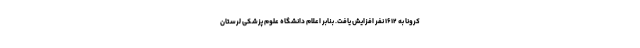
کرونا به ۱۶۱۲ نفر افزایش یافت. بنابر اعلام دانشگاه علوم پزشکی لرستان